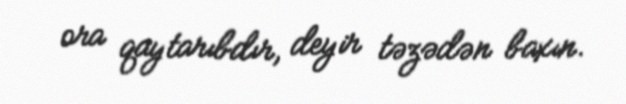
ora qaytarıbdır, deyir təzədən baxın.